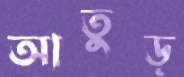
আতুড়